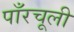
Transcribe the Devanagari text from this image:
पाँरचूली